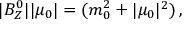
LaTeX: | B _ { Z } ^ { 0 } | | \mu _ { 0 } | = ( m _ { 0 } ^ { 2 } + | \mu _ { 0 } | ^ { 2 } ) \, ,